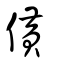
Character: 僙